Civil Veterinary Dept. Assam report 1911-1927 - 1911-1927
Year: 1911
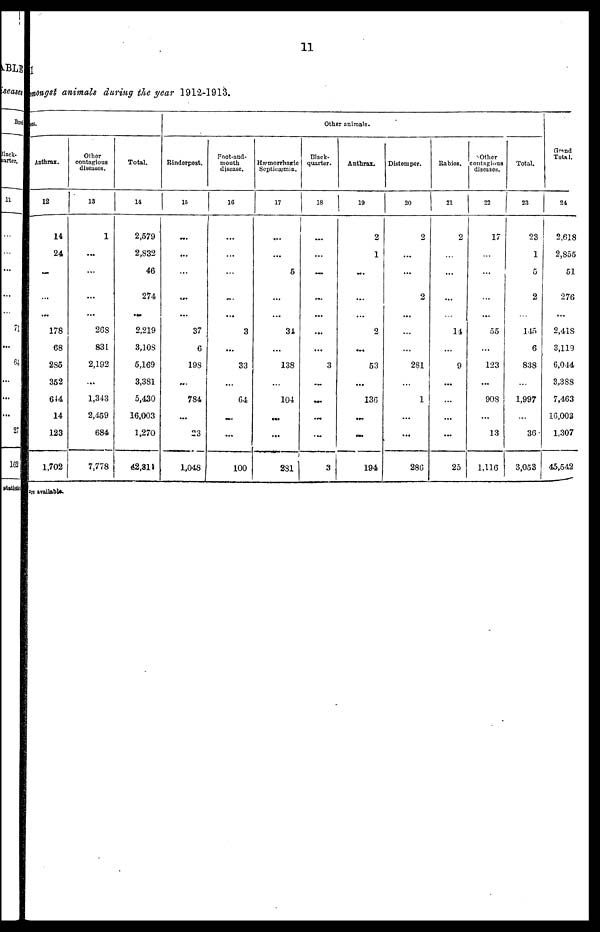
11
I
amongst animals during the year 1912-1913.
get.
Anthrax.
12
14
24
...
...
...
178
68
285
352
644
14
123
1,702
Other
contagious
diseases.
13
1
...
...
...
....
268
831
2,192
....
1,343
2,459
684
7,778
Total.
14
2,579
2,832
46
274
...
2,219
3,108
5,169
3,381
5,430
16,003
1,270
42,311
Other animals.
Rinderpest.
15
...
...
...
...
...
37
6
198
...
784
...
23
1,048
Foot-and-
mouth
disease.
16
...
...
...
....
...
3
...
33
...
64
...
...
100
Hæmorrhaaric
Septicæmia.
17
...
...
5
...
...
34
...
138
...
104
...
...
231
Black-
quarter.
18
...
...
...
...
...
...
...
3
...
...
...
...
3
Anthrax.
19
2
1
...
...
...
2
...
53
...
136
...
...
194
Distemper.
20
2
...
...
2
...
...
...
281
...
1
...
...
286
Rabies.
21
2
...
...
...
...
14
...
9
...
...
...
...
25
other
contagious
diseases.
22
17
...
...
...
...
55
...
123
...
908
...
13
1,116
Total.
23
23
1
5
2
...
145
6
838
...
1,997
...
36
3,053
Grand
Total.
24
2,618
2,855
51
276
...
2,418
3,119
6,044
3,388
7,463
16003
1,307
45,542
are available.